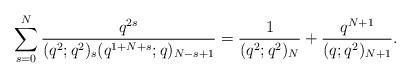
LaTeX: \begin{align*}\sum_{s=0}^N \frac{q^{2s}}{(q^2;q^2)_s (q^{1+N+s};q)_{N-s+1}} =\frac{1}{(q^2;q^2)_N}+\frac{q^{N+1}}{(q;q^2)_{N+1}}. \end{align*}